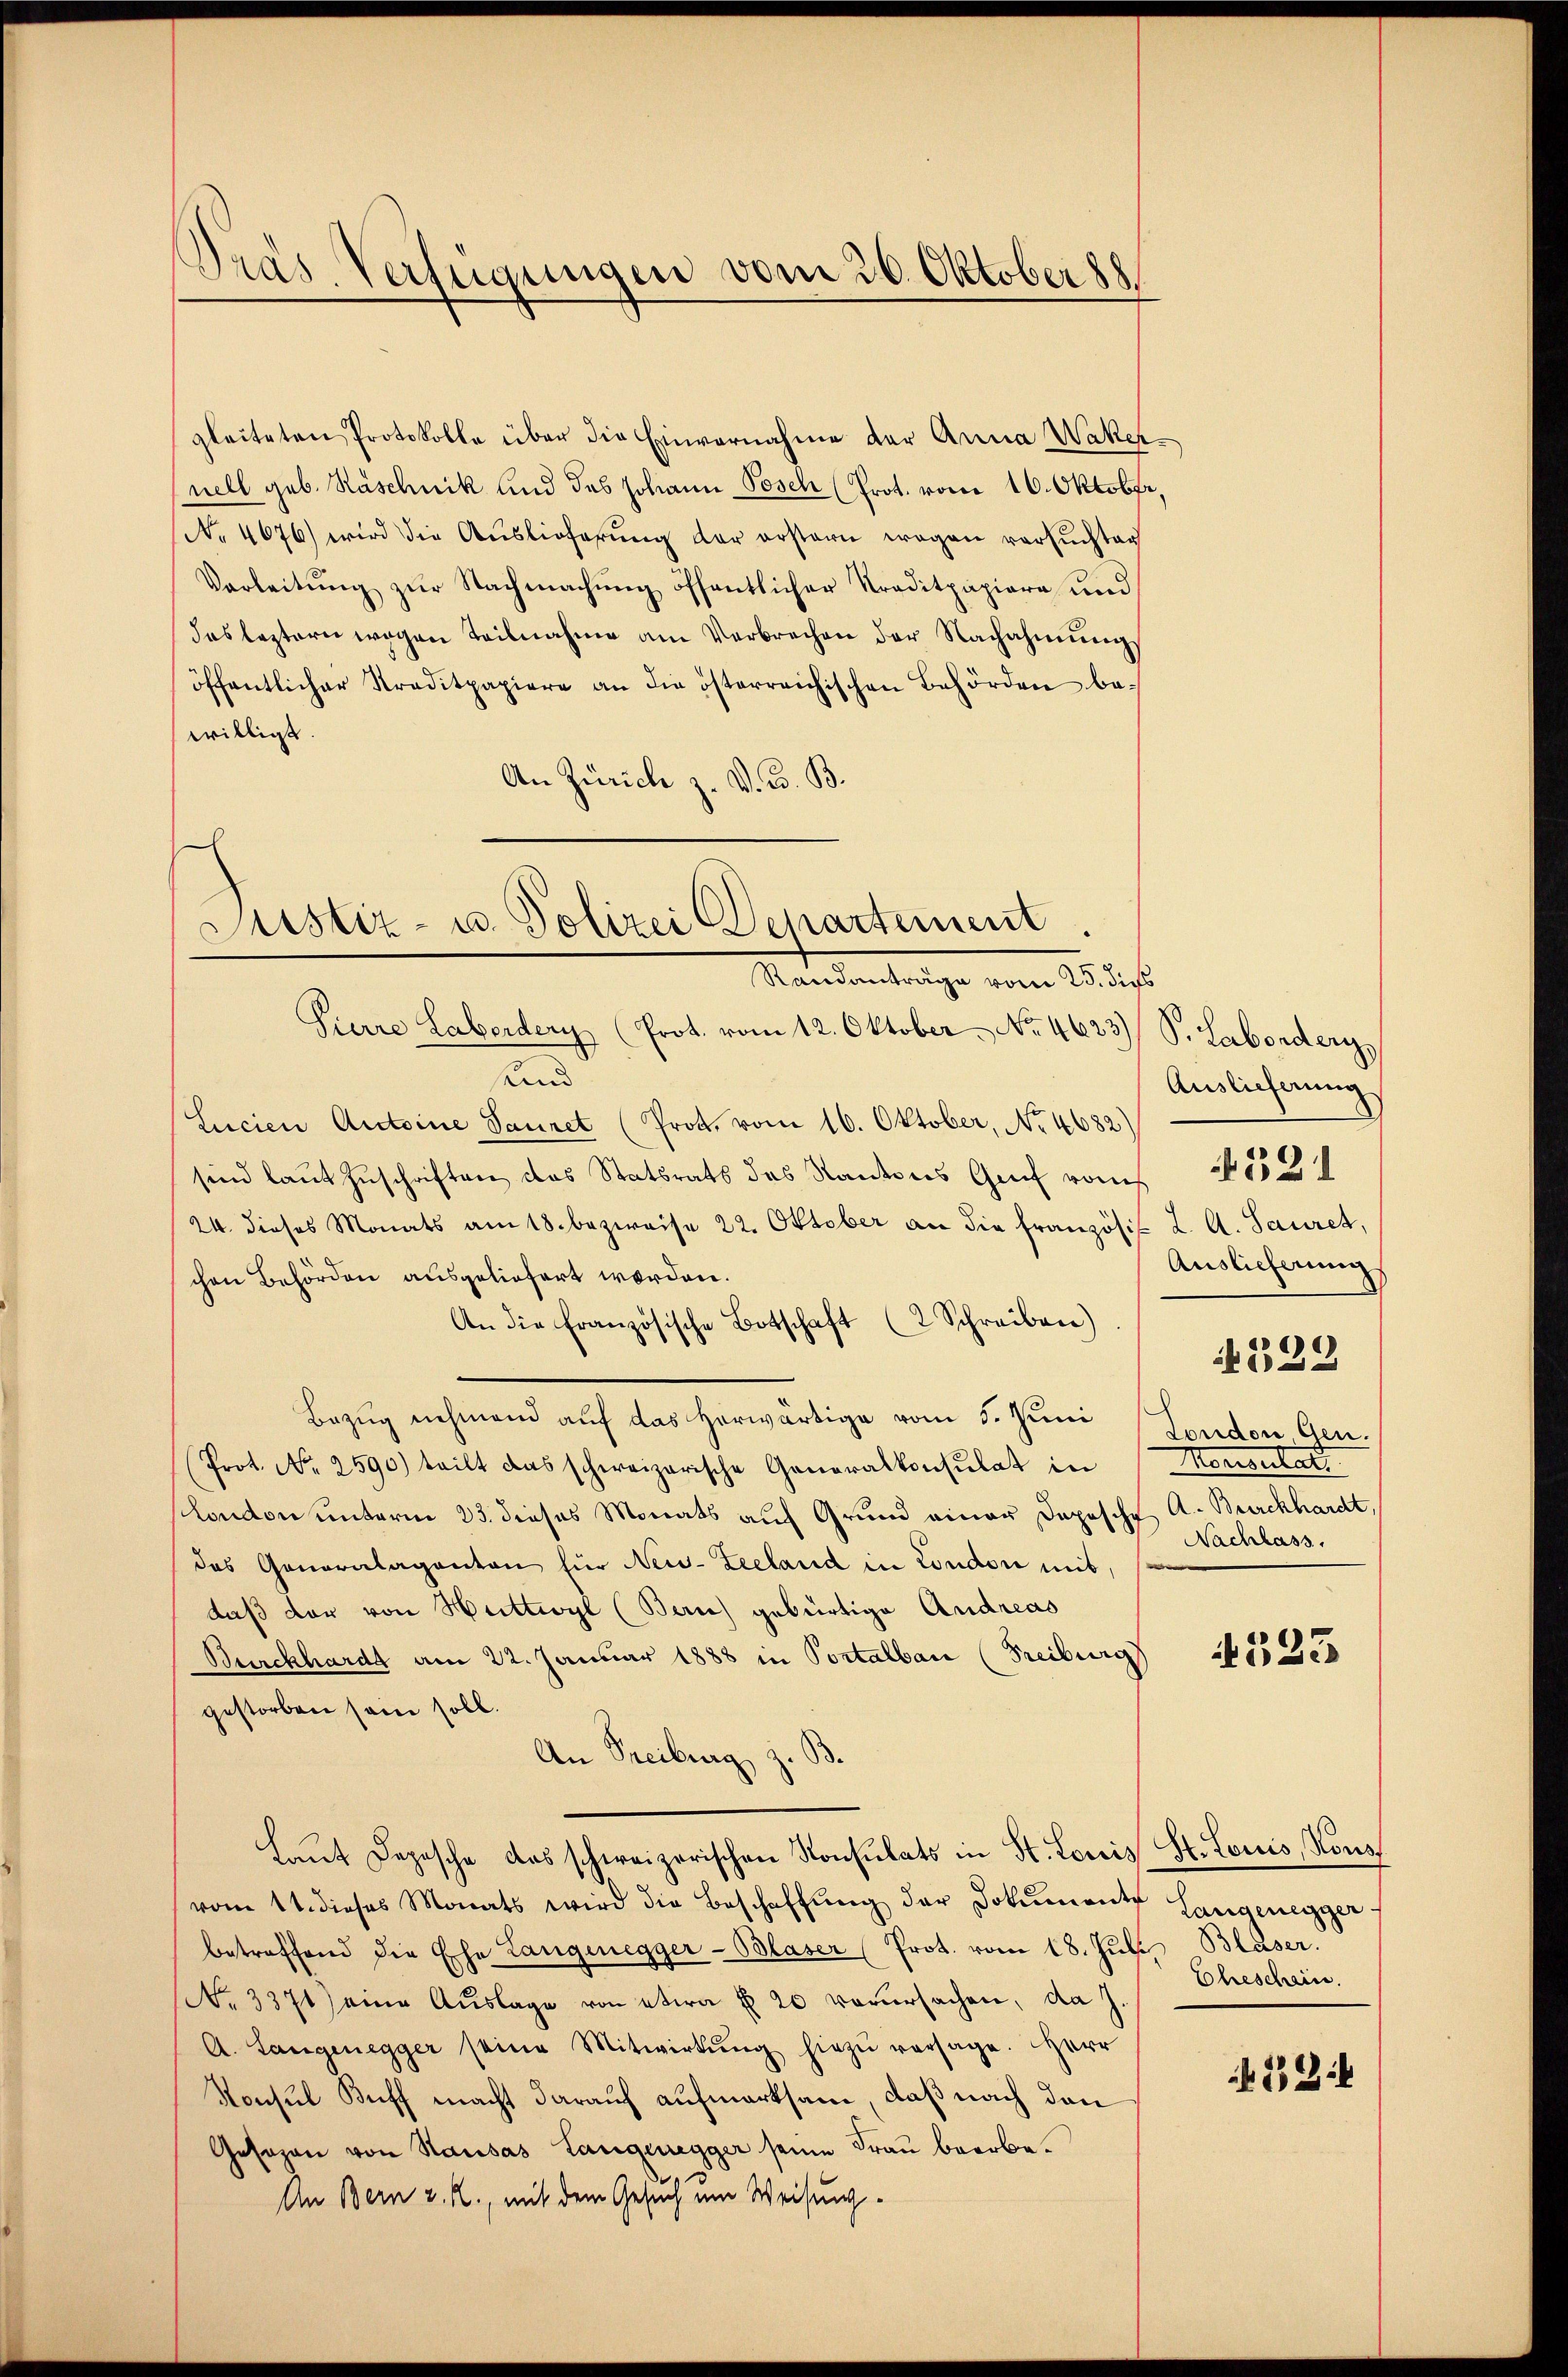
Pras Verfügungen vom 26. Oktober 88

gleiteten Protokolle über die Einvernahme der Anna Wakernell geb. Haschnik und des Johann Posch (Prot. vom 16. Oktober,
No 4676) wird die Aŭslieferŭng der erstern wegen versuchten
Varleitŭng zŭr Nachmachŭng öffentlicher Traditpapiere und
das leztern wegen Teilnahme am Verbrechen der Nachahmung
öffentlicher Traditpapiere an die österreichischen Behörden be-
willigt.
An Zürich z. V. B. B.

Justiz- u. Polizei Departement
Randanträge vom 25. dies
Pierre Laberdery (Prot. vom 12. Oktober. No. 4623) S. Labordern,

sund
Lucien Antoine Sauret (Prot. vom 16. Oktober, No 4682)
sind laut Zuschriften das Statsrats des Kantons Genf von
24. dieses Monats am 18. bezweise 22. Oktober an die französis L. A. Sauret,
chen Behörden ausgeliefert worden.
An die französische Botschaft (2 Schreiben)
Bezug nehmend auf das herwärtige vom 5. Juni
Prot. No. 2590) teilt das schweizerische Generalkonsulat in
london unterm 23. dieses Monats auf Grund einer Dopische A. Burckhardt,
das Generalaganton für New-Zeeland in London mit,
daß der von Huttwyl (Bau) gebürtige Andreas
Burckhardt am 22. Januar 1888 in Portalban (Freiburg
gestorben sein soll.
.
An Freiburg z.
Laut Depesche das schweizerischen Konsulats in St. Louis St. Louis, Kons
vom 11. dieses Monats wird die Beschaffŭng der Dokumente Langenegger
betreffend die Ehe Langenegger-Blaser (Prot. vom 18. Jŭli Bläser.
No. 3371) eine Aŭslage von etwa § 20 verŭrsachen, da J.
A. Langenegger seine Mitwirkŭng hiezŭ versage. Herr
Konsul Buff macht darauf aufmerksam, daß nach den
Gesezen von Kausas Langenegger seine Frau bearbe.
An Bern z. R., mit dem Gesuch um Weisung

Auslieferung
Auslieferung
532
London Gen.
Monsulat
Nachlass.

331

4323

Eheschein.

458: